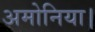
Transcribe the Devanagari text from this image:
अमोनिया।